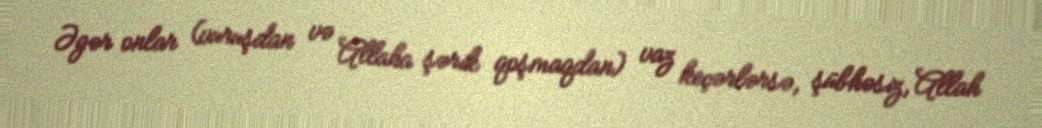
Əgər onlar (vuruşdan və Allaha şərik qoşmaqdan) vaz keçərlərsə, şübhəsiz, Allah